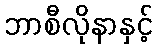
ဘာစီလိုနာနှင့်